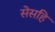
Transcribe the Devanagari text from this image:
सेसहि